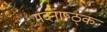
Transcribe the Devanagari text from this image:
मदनाष्ठ्क